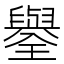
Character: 𦦮